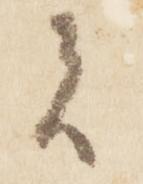
者